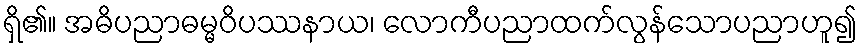
ရှိ၏။ အဓိပညာဓမ္မဝိပဿနာယ၊ လောကီပညာထက်လွန်သောပညာဟူ၍